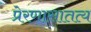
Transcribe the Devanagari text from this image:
प्रेरणासातत्य